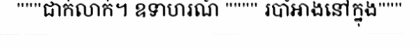
"""ជាក់លាក់។ ឧទាហរណ៍ """" របាំអាងនៅក្នុង"""